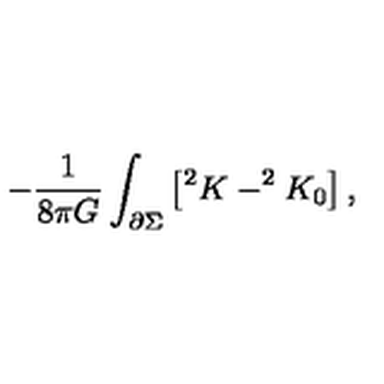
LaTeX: - \frac { 1 } { 8 \pi G } \int _ { \partial \Sigma } \left[ ^ { 2 } K - ^ { 2 } K _ { 0 } \right] ,